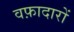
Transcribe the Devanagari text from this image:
वफ़ादारों